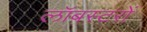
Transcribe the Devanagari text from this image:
लॉबस्टरों